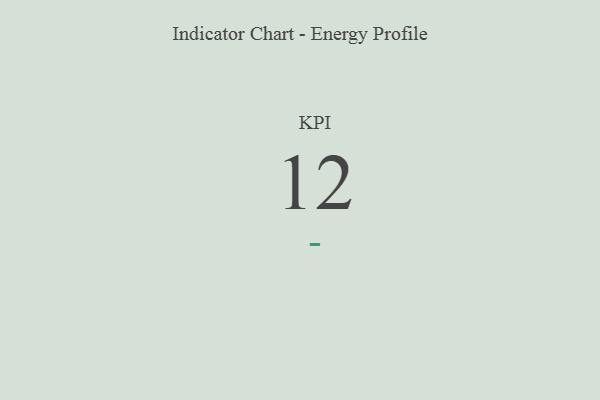
{"axis": {"x": "KPI", "y": "Value"}, "legend": [""], "data": [{"x": "KPI", "y": 12, "type": ""}]}